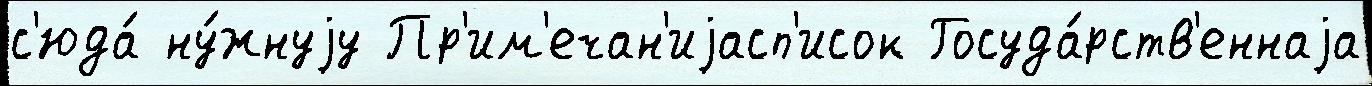
с'юда́ ну́жнуjу Пр'им'ечан'иjасп'исок Госуда́рств'еннаjа